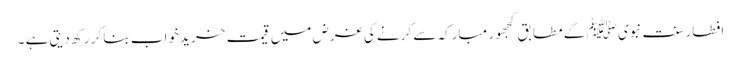
افطار سنت نبوی ﷺ کے مطابق کجھور مبارکہ سے کرنے کی غرض میں قیمت خرید خواب بنا کر رکھ دیتی ہے ۔